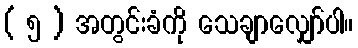
( ၅ ) အတွင်းခံကို သေချာလျှော်ပါ။